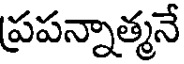
ప్రపన్నాత్మనే